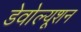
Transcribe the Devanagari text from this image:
डेवोल्यूशन